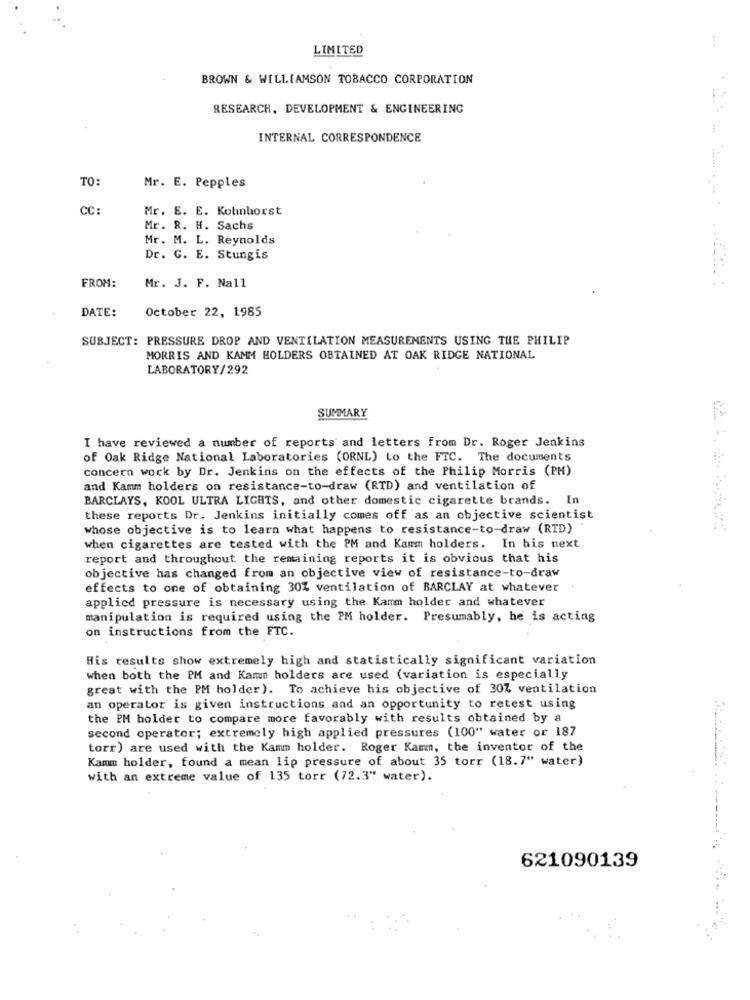
LIMITED
BROWN & WILLIAMSON TOBACCO CORPORATION
RESEARCH, DEVELOPMENT & ENGINEERING
INTERNAL CORRESPONDENCE
TO:
Mr. E. Pepples
CC:
Mr. E. E. Kolinhorst
Mr. R. H. Sachs
Mr. M. L. Reynolds
Dr. C. E. Stungis
FROM:
Mr. J. F. Nall
DATE:
October 22, 1985
SUBJECT: PRESSURE DROP AND VENTILATION MEASUREMENTS USING THE PHILIP
MORRIS AND KAMM HOLDERS OBTAINED AT OAK RIDGE NATIONAL
LABORATORY/292
SUMMARY
I have reviewed a number of reports and letters from Dr. Roger Jenkins
of Oak Ridge National Laboratories (ORNL) to the FTC. The documents
concern work by Dr. Jenkins on the effects of the Philip Morris (PM)
and Kamm holders on resistance-to-draw (RTD) and ventilation of
BARCLAYS, KOOL ULTRA LIGHTS, and other domestic cigarette brands. In
these reports Dr. Jenkins initially comes off as an objective scientist
whose objective is to learn what happens to resistance-to-draw (RTD)
when cigarettes are tested with the PM and Kamm holders. In his next
report and throughout the remaining reports it is obvious that his
objective has changed from an objective view of resistance-to-draw
effects to one of obtaining 30% ventilation of BARCLAY at whatever
applied pressure is necessary using the Kamm holder and whatever
manipulation is required using the PM holder. Presumably, he is acting
on instructions from the FTC.
His results show extremely high and statistically significant variation
when both the PM and Kamun holders are used (variation is especially
great with the PM holder). To achieve his objective of 30Z ventilation
an operator is given instructions and an opportunity to retest using
the PM holder to compare more favorably with results obtained by a
second operator; extremely high applied pressures (100" water or 187
torr) are used with the Kamm holder. Roger Kamm, the inventor of the
Kamm holder, found a mean lip pressure of about 35 torr (18.7" water)
with an extreme value of 135 torr (72.3" water).
621090139